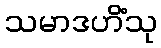
သမာဒဟိံသု